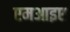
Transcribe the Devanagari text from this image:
एमआइए